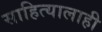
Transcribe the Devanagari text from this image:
साहित्यालाही